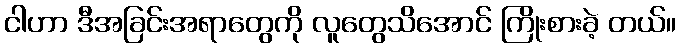
ငါဟာ ဒီအခြင်းအရာတွေကို လူတွေသိအောင် ကြိုးစားခဲ့ တယ်။